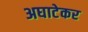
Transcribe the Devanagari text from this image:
अघाटेकर